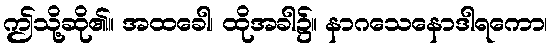
ဤသို့ဆို၏။ အထခေါ၊ ထိုအခါ၌။ နာဂသေနောဒါရကော၊